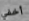
أخفي